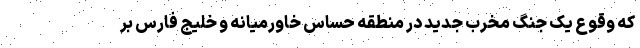
که وقوع یک جنگ مخرّب جدید در منطقه حسّاس خاورمیانه و خلیج فارس بر